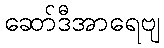
ဆော်ဒီအာရေဗျ